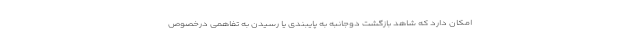
امکان دارد که شاهد بازگشت دوجانبه به پایبندی یا رسیدن به تفاهمی درخصوص